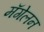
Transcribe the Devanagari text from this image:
मॅगेलन